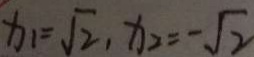
x _ { 1 } = \sqrt { 2 } , x _ { 2 } = - \sqrt { 2 }